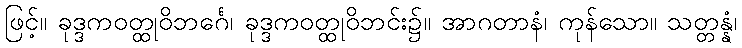
ဖြင့်။ ခုဒ္ဒကဝတ္ထုဝိဘင်္ဂေ၊ ခုဒ္ဒကဝတ္ထုဝိဘင်း၌။ အာဂတာနံ၊ ကုန်သော။ သတ္တန္နံ၊